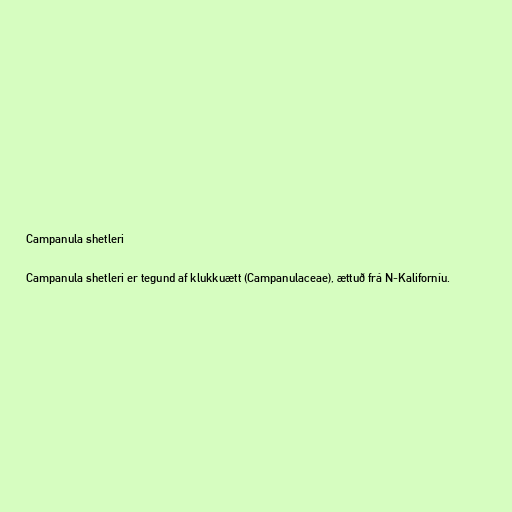
Campanula shetleri

Campanula shetleri er tegund af klukkuætt (Campanulaceae), ættuð frá N-Kaliforníu.